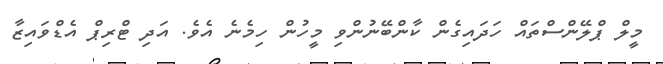
މީލް ޕްލޭންސްތައް ހަދައިގެން ކާންބޭނުންވި މީހުން ހިމެނެ އެވެ. އަދި ޓްރިޕް އެޑްވައިޒާ